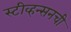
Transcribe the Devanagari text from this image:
स्टीव्हन्‍सनची